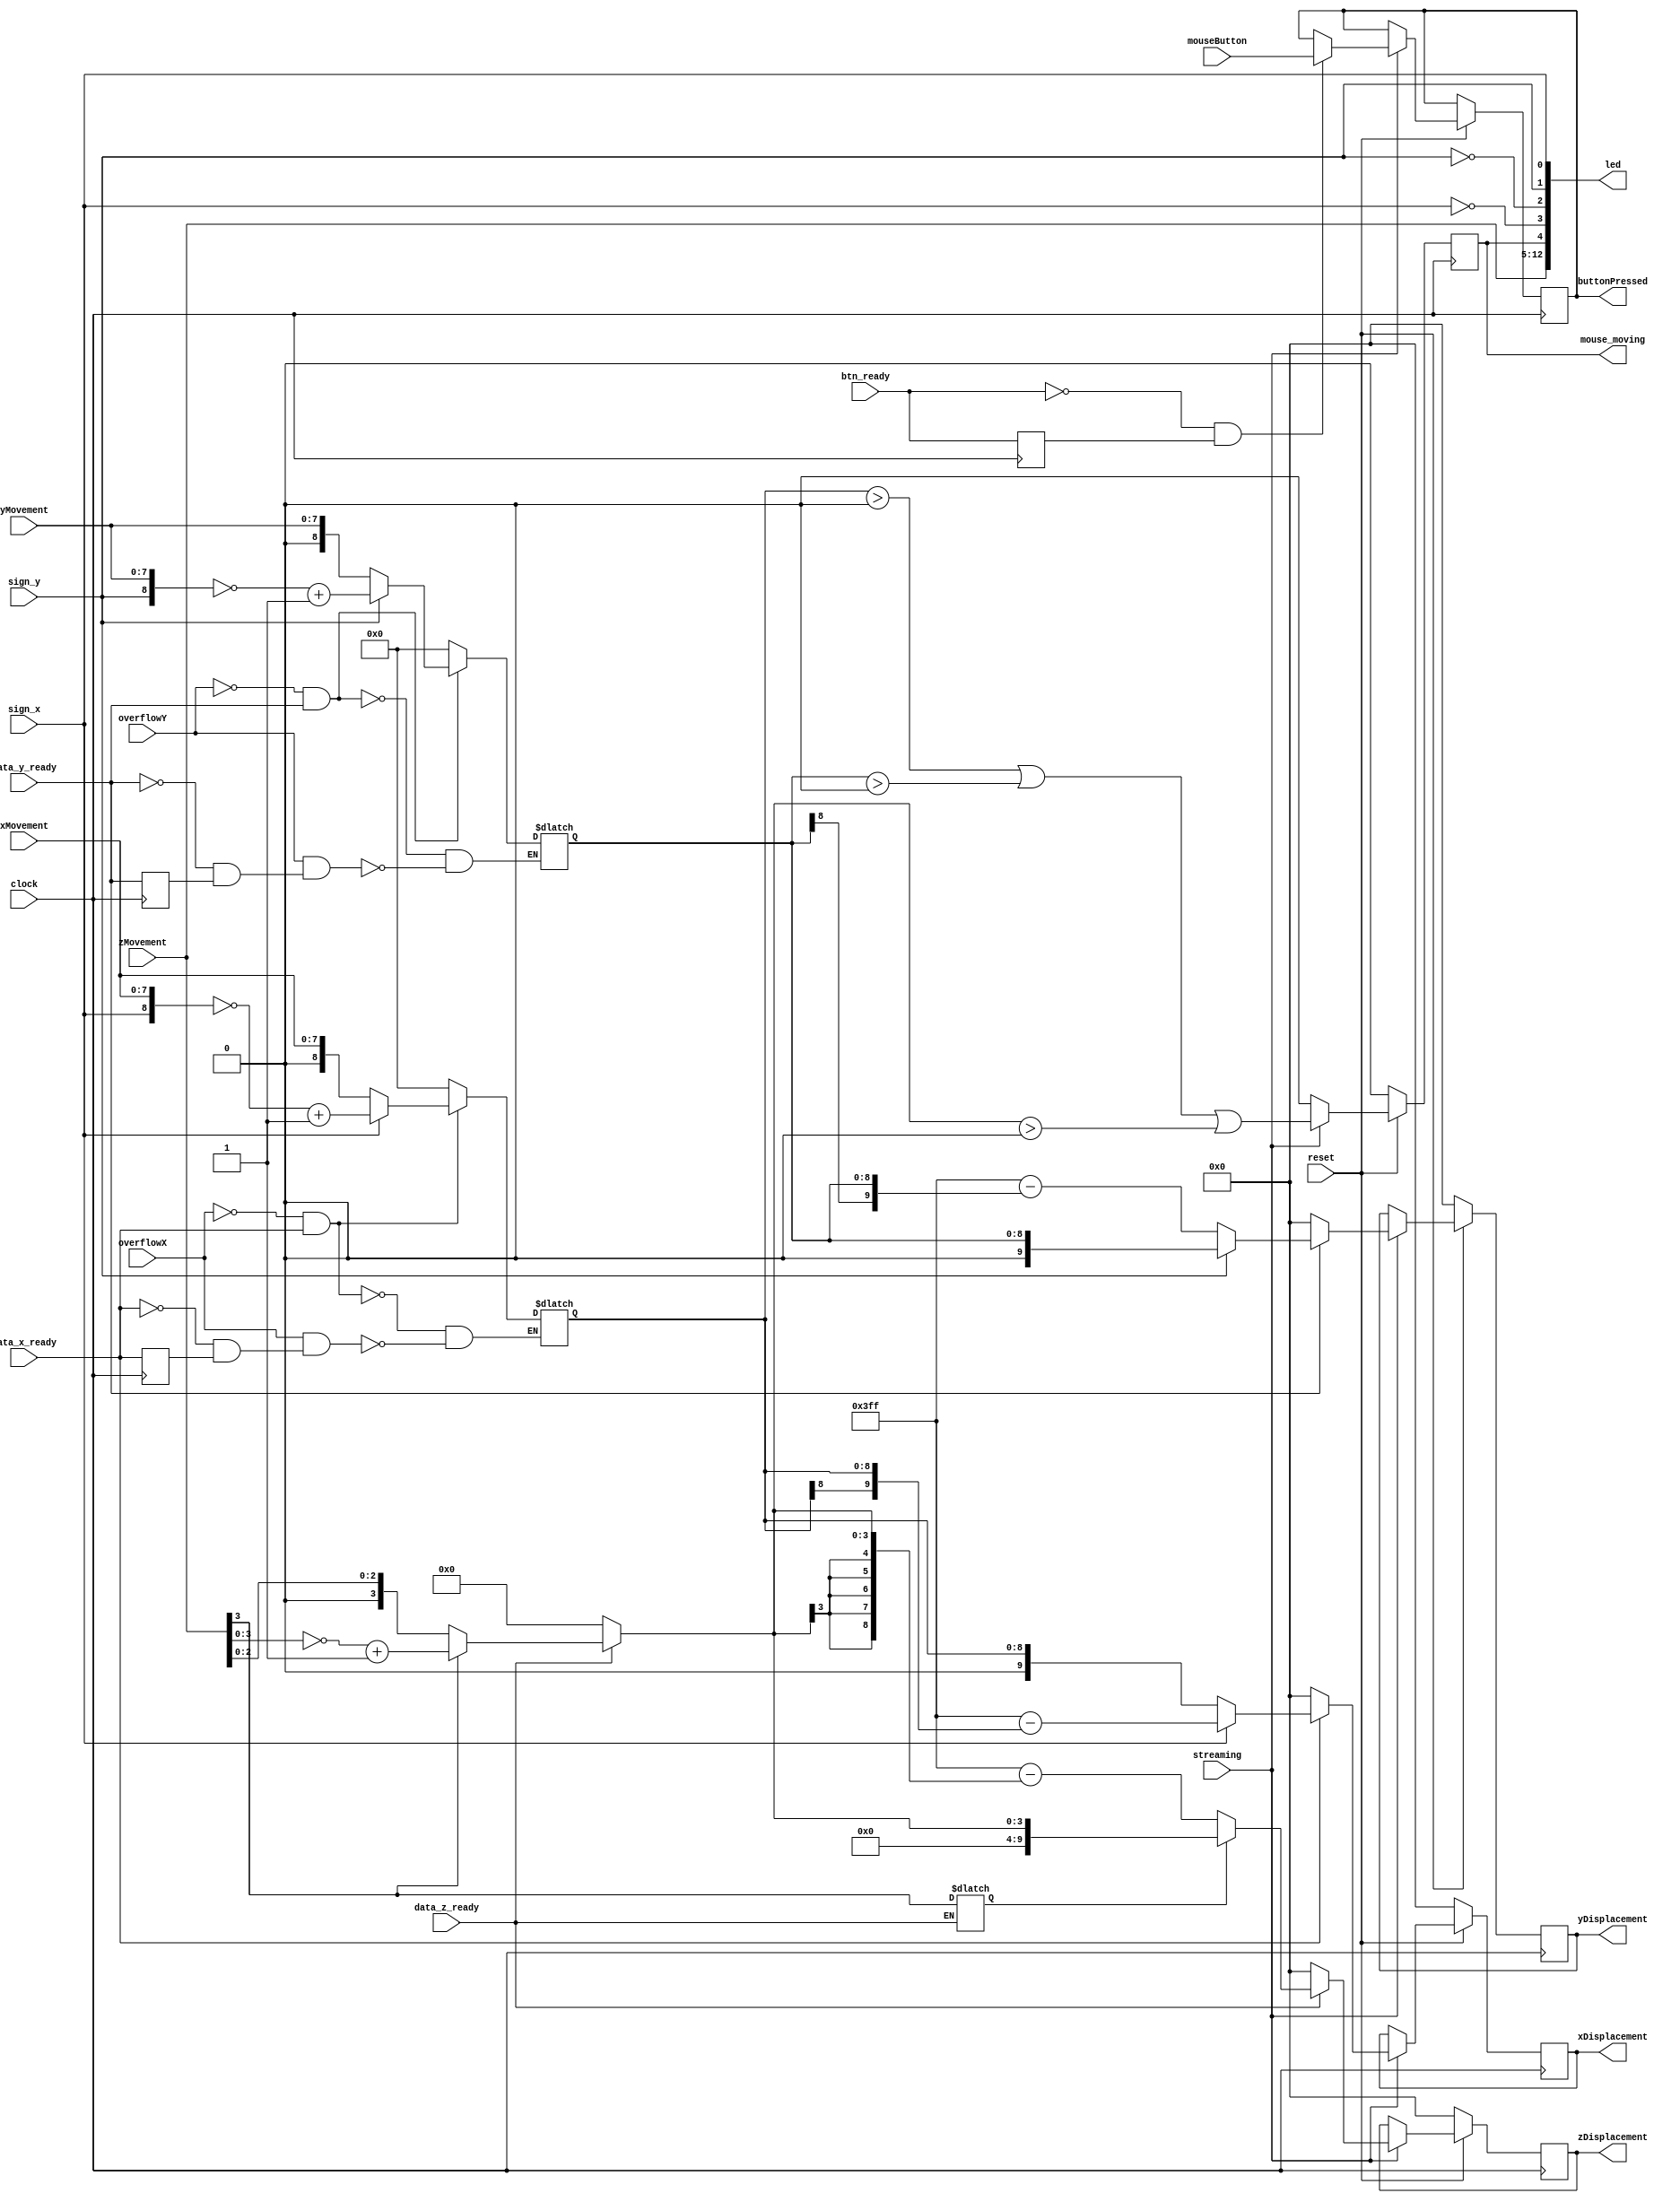
`timescale 1ns / 1ps

/**********************************************************************************
*  Module Name:      	mouse_xy
*
*								California State University Northridge
*
*  
*  Description:      	Contains logic to capture mouse x,y,z Movement and 
*								button presses
*
*  Modifications Made		
*  November 10, 2010	  Initial Design Created		
*  December 28, 2010   Overflow Detection Conditions Created
*							  Set abs_dy or abs_dx to 0 when the dy dx counters 
*							  overflow
*							  Added support for falling edge of x and y ready
*							  These falling edge signals are called sign ready signals
*  February 8, 2011	  MAX_X, MAX_Y changed to 511, 511 respectively
*	February 8, 2011	  WIDTH, HEIGHT changed to CURSOR_WIDTH, CURSOR_HEIGHT  
*  February 15, 2011   zMovement added to mouse_xy otuput port
*  February 17, 2011	  abs_dy replaced with abs_dz to fix typographical error
*							  on continous assignment statement
*  April 27, 2011		  Added logic to detect mouse motion (x or y changing)
*  July 28, 2011		  Separated the mixed structural and behavioral constructs
*							  And created logic for 10-bit Movement accumulator
*
*							  xMovement = rotation about y axis on monitor
*							  yMovement = rotation about x axis on monitor
* 							  zMovement = rotation about z axis on monitor
***********************************************************************************/

module mouseDisplacementAccumulator
(clock, 
 reset, 
 sign_x,
 sign_y,
 mouseButton,
 streaming,
 btn_ready,
 xMovement, 
 yMovement,
 zMovement,
 xDisplacement,
 yDisplacement,
 zDisplacement,
 buttonPressed, 
 led,
 mouse_moving, //When asserted, the object is fetched again one vertex at a time
 overflowX,
 overflowY,
 data_x_ready,
 data_y_ready,
 data_z_ready); 
   
	parameter DISPLACEMENT_QUANTIZATION_DEPTH = 1024;
	
	/************************************************************************************
	* Input Output Ports
	************************************************************************************/
	
   input wire clock, reset;
	input wire sign_x, sign_y;
	input wire overflowX, overflowY;
	input wire data_x_ready;
	input wire data_y_ready;
	input wire data_z_ready;
   input wire [2:0] 	 mouseButton;
	input wire streaming;
	input wire btn_ready;
	input wire [7:0] xMovement;
	input wire [7:0] yMovement;
	input wire [7:0] zMovement;
   output reg [9:0] xDisplacement;
	output reg [9:0] yDisplacement;  	// current mouse Movement
	output reg [9:0] zDisplacement;
   output reg [2:0]  buttonPressed;	// button click: Left-Middle-Right
	//Debugging on FPGA led's
	output wire [12:0] led;
	output reg mouse_moving;
	
	/************************************************************************************
	* Interconnects
	************************************************************************************/


	wire sign_x_ready;  //falling data x ready
	wire sign_y_ready;  //falling data y ready
	wire sign_z_ready;  //falling data z ready
	wire rising_btn_ready;
	
	/************************************************************************************
	* Reg
	************************************************************************************/
	reg data_x_ready_delay;
	reg data_y_ready_delay;
	reg data_z_ready_delay;
	reg btn_ready_delay;
	reg sign_z;
   // Update "absolute" Movement of mouse
   reg [8:0]  abs_dx;
   reg [8:0]  abs_dy;
	reg [3:0]  abs_dz;	//Upper 4 bits are sign extended therefore we only use 4 significant bits
	

	/************************************************************************************
	* Continuous Assignments
	************************************************************************************/
	//Changed ~signY and signY because LED was inverted with respect
	//to direction of movement
	//To make up movement turn on North LED and down movement turn on
	//South LED the change had to be made
	assign led = {zMovement[7:0], mouse_moving, ~sign_x, ~sign_y, sign_y, sign_x};
	
	//Note: this is the falling edge of data_x_ready
	assign sign_x_ready = ~data_x_ready & data_x_ready_delay;
	assign sign_y_ready = ~data_y_ready & data_y_ready_delay;
	assign sign_z_ready = ~data_z_ready & data_z_ready_delay;
	
	assign rising_btn_ready = ~btn_ready & btn_ready_delay;

	/************************************************************************************
	* Always Blocks
	************************************************************************************/
	always @(*)//Changed from *
	begin
	
		/******************************************************************************
		* X Value
		******************************************************************************/
		// Apply a Two's complement to negative values (MSB = 1) for absolute magnitude
		if (!overflowX && data_x_ready)
		begin
			abs_dx <= (sign_x == 1)? ~{sign_x, xMovement[7:0]}+1'b1 : {sign_x, xMovement[7:0]};
		end
		else if (overflowX && sign_x_ready)
		begin
			abs_dx <= 0;
		end
		else //if !sign_x_ready
		begin
			abs_dx <= abs_dx;
		end
		
		// Apply a Two's complement to negative values (MSB = 1) for absolute magnitude
		if (!overflowY & data_y_ready)
		begin
			abs_dy <= (sign_y == 1)? ~{sign_y, yMovement[7:0]}+1'b1 : {sign_y, yMovement[7:0]};
		end
		else if (overflowY && sign_y_ready)
		begin
			abs_dy <= 0;
		end
		else //if !sign_x_ready
		begin
			abs_dy <= abs_dy;
		end
	
		//Note: there is no overflow or sign information for Z packet
		//Therefore we use the MSB (bit 3) of the Z packet for the sign
		//This is because Z is a signed 2's compliment		
		if (data_z_ready)
		begin
			sign_z <= zMovement[3];  //Sign Bit of the Z vector
			abs_dz <= ((zMovement[3] == 1)? ~{zMovement[3:0]}+1'b1 : {zMovement[3:0]});
		end
		else
		begin
			abs_dz <= 0;
		end 
	end
	

	always @(posedge clock)
	begin
		data_x_ready_delay <= data_x_ready;
		data_y_ready_delay <= data_y_ready;
		data_z_ready_delay <= data_z_ready;
		btn_ready_delay <= btn_ready;
	end
 
	/*********************************************************
	* Movement Accumulator Logic
	*********************************************************/
	always @(posedge clock)
	begin
		if (!reset)
		begin
			xDisplacement <= 0;
			yDisplacement <= 0;
			zDisplacement <= 0;
			mouse_moving <= 0;
		end
		else
		begin
			if (streaming)
			begin
				mouse_moving <= (abs_dx > 0 || abs_dy > 0 || abs_dz > 0);
				//Trigger a rotation about the X Axis
				if (data_x_ready)
				begin
					if (sign_x == 1)
					begin
					   //Wrap Around from the end of the sin cos look up table so that
						//the sin cos lut will generate a negative rotation
						xDisplacement <= (DISPLACEMENT_QUANTIZATION_DEPTH - 1) - {abs_dx[8], abs_dx};
					end
					else if (sign_x == 0) 
					begin

						xDisplacement <= ((abs_dx  ));
					end
				end
				else
				begin
					xDisplacement <= 0; //Hold Value
				end	

				//Trigger a rotation about the Y Axis
				if (data_y_ready)
				begin
					//Negative Sign
					if (sign_y == 0)
					begin
						//Wrap Around from the end of the sin cos look up table so that
						//the sin cos lut will generate a negative rotation
						yDisplacement <= (DISPLACEMENT_QUANTIZATION_DEPTH - 1) - {abs_dy[8], abs_dy}; 
					end
					else if (sign_y == 1) 
					begin
						yDisplacement <= (abs_dy  );
					end
				end
				else
				begin
					yDisplacement <= 0;
				end
				
				//Trigger a rotation about the Z axis
				if (data_z_ready)
				begin
					//Negative Sign
					if (sign_z == 0)
					begin
						zDisplacement <= (DISPLACEMENT_QUANTIZATION_DEPTH - 1) - {{5{abs_dz[3]}}, abs_dz};
					end
					else if (sign_z == 1) 
					begin
						//Wrap Around from the end of the sin cos look up table so that
						//the sin cos lut will generate a negative rotation					
						zDisplacement <=  ((abs_dz)); 
					end
				end
				else
				begin
					zDisplacement <= 0;
				end
		
				if (rising_btn_ready)
				begin
					buttonPressed <= mouseButton;
				end
				else
				begin
					buttonPressed <= buttonPressed;
				end	
			end
			else if (!streaming)
			begin
				mouse_moving <= 0;
			end
		end
	end
endmodule